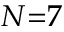
N { = } 7